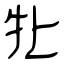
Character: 牝